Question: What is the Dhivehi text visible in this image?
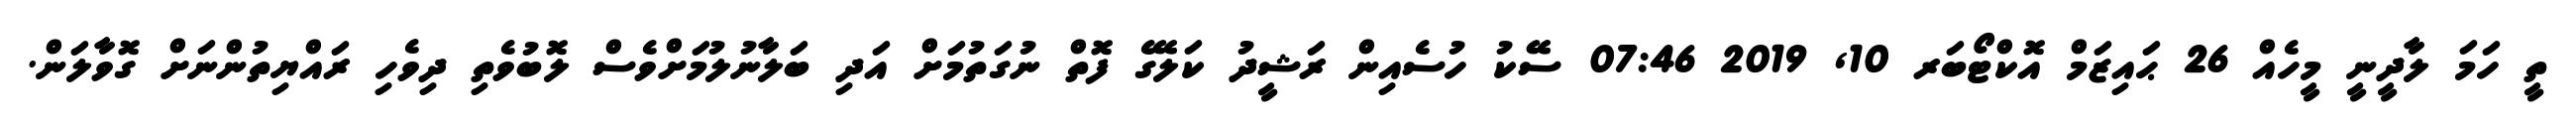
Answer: ތީ ހަމަ ލާދީނީ މީހެއް 26 ޙައިޒަމް އޮކްޓޯބަރ 10, 2019 07:46 ސޭކު ހުސެއިން ރަޝީދު ކަލޭގެ ފޮތް ނުގަތުމަށް އަދި ބަލާނުލުމަށްވެސް ލޮބުވެތި ދިވެހި ރައްޔިތުންނަށް ގޮވާލަން.